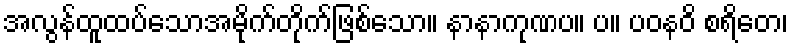
အလွန်ထူထပ်သောအမိုက်တိုက်ဖြစ်သော။ နာနာကုဏပ။ ပ။ ပဝနဝိ စရိတေ၊